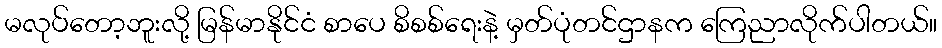
မလုပ်တော့ဘူးလို့ မြန်မာနိုင်ငံ စာပေ စိစစ်ရေးနဲ့ မှတ်ပုံတင်ဌာနက ကြေညာလိုက်ပါတယ်။